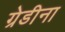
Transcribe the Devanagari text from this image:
ग्रेडीना